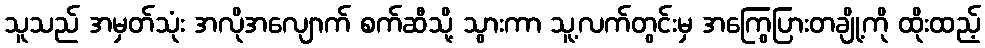
သူသည် အမှတ်သုံး အလိုအလျောက် စက်ဆီသို့ သွားကာ သူ့လက်တွင်းမှ အကြွေပြားတချို့ကို ထိုးထည့်